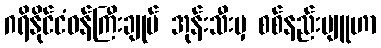
ဂရိနိုင်ငံဝန်ကြီးချုပ် အုန်းသီးမှ စစ်နည်းဗျူဟာ